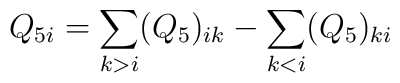
Q_{5i}=\sum_{k>i}(Q_{5})_{ik}-\sum_{k<i}(Q_{5})_{ki}